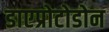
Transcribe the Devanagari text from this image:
डाएप्रोटोडोन